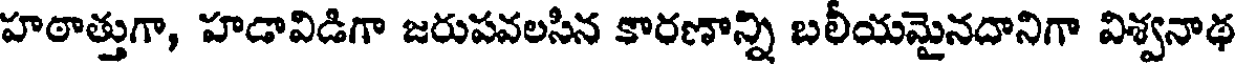
హఠాత్తుగా, హడావిడిగా జరుపవలసిన కారణాన్ని బలీయమైనదానిగా విశ్వనాథ